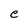
Character: e